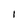
Character: I